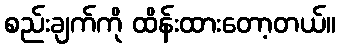
စည်းချက်ကို ထိန်းထားတော့တယ်။